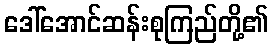
ဒေါ်အောင်ဆန်းစုကြည်တို့၏